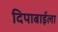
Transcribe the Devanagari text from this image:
दिपाबाईला